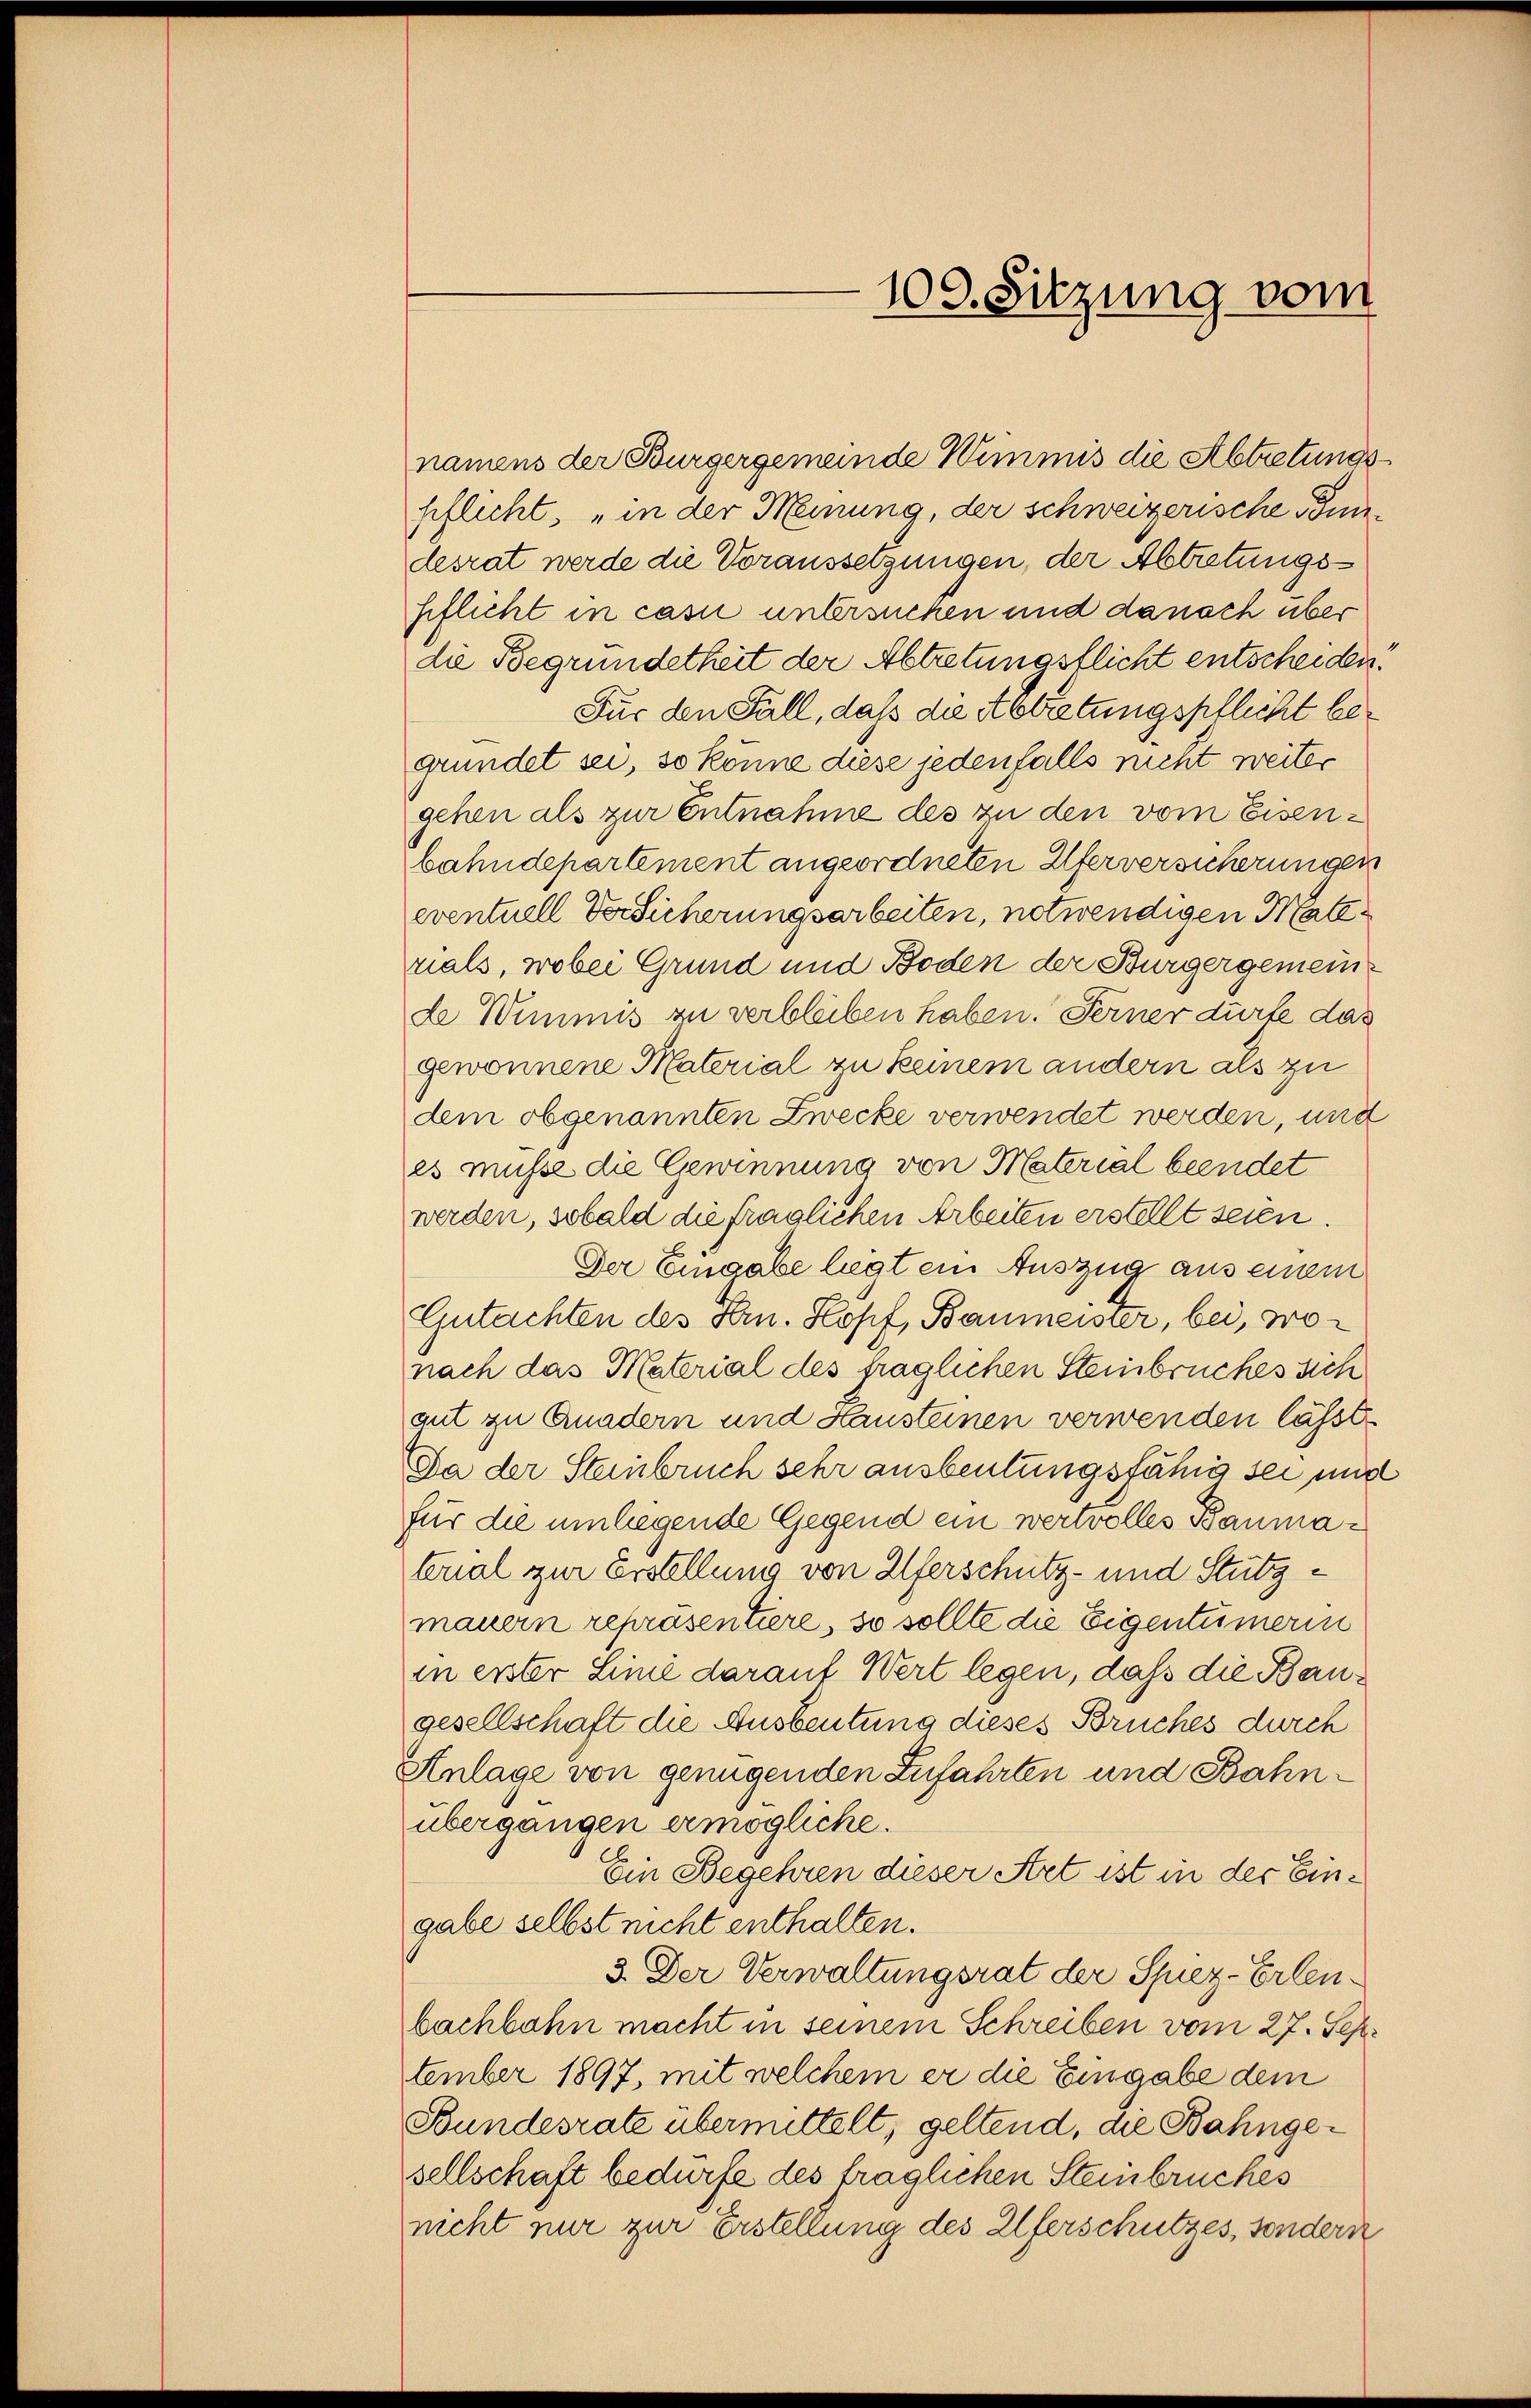
100. Sitzung vom

namens der Burgergemeinde Wimmis die Abtretungspflicht, „in der Meinung, der schweizerische Bundesrat werde die Voraussetzungen, der Abtretungsseflicht in casi untersuchen und danach über
die Begründetheit der Abtretungsflicht entscheiden.
Für den Fall, daß die Abtretungspflicht begründet sei, so könne diese jedenfalls nicht weiter
gehen als zur Entnahme des zu den vom Eisenbahndepartement angeordneten Uferversicherungen
eventuell Versicherungsarbeiten, notwendigen Materials, wobei Grund und Boden der Bürgergemeinde Wimmis zu verbleiben haben. Ferner dürfe das
gewonnene Material zu keinem andern als zu
dem obgenannten Zwecke verwendet werden, und
es müsse die Gewinnung von Material beendet
werden, sobald die fraglichen Arbeiten erstellt seien.
Der Eingabe liegt ein Auszug aus einem
Gutachten des Hrn. Kopf, Baumeister, bei, wonach das Material des fraglichen Steinbrückes sich
gut zu Quadern und Hausteinen verwenden lässt
Da der Steinbruch sehr ausbeutungsfähig sei und
für die umliegende Gegend ein wertvolles Baumabrial zur Erstellung von Uferschutz- und Stutzmauern repräsentiere, so sollte die Eigentümerin
in erster Linie darauf Wert legen, daß die Baugesellschaft die Ausbeutung dieses Bruches durch
Anlage von genügenden Zufahrten und Bahnübergangen ermögliche.
Ein Begehren dieser Art ist in der Eingabe selbst nicht enthalten.
3. Der Verwaltungsrat der Spiez-Erlenbachbahn macht in seinem Schreiben vom 27. Sep
tember 1897, mit welchem er die Eingabe dem
Bundesrate übermittelt, geltend, die Bahngesellschaft bedürfe des träglichen Steinbruckes
nicht nur zur Erstellung des Uferschutzes, sondern